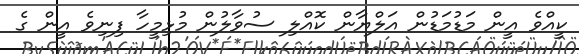
ކީއްވެ އީން މަޑުމަޑުން އަލްޔާން ކޮއްލި ސުވާލުން މުޅިމީހާ ފިނިވެ އީން ގެ